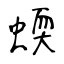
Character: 蝡